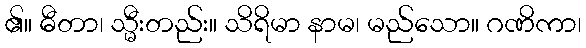
၏။ ဓီတာ၊ သ္မီးတည်း။ သိရိမာ နာမ၊ မည်သော။ ဂဏိကာ၊